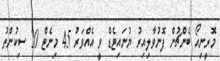
މޮރީނިއޯ ބެންޗުން ފޮނުވާލިއިރު ޔުނައިޓެޑް ވީ އެއްވަރު 45 މިނެޓް 20 ސިކުންތު